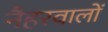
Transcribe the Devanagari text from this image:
नैहरवालों